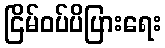
ငြိမ်ဝပ်ပိပြားရေး